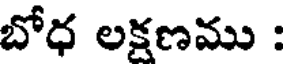
బోధ లక్షణము :